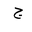
Letter: _gim